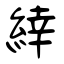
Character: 緈